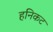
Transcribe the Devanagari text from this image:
हनिकट